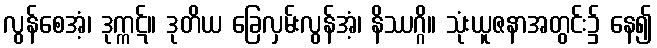
လွန်စေအံ့၊ ဒုက္ကဋ်။ ဒုတိယ ခြေလှမ်းလွန်အံ့၊ နိဿဂ္ဂိ။ သုံးယူဇနာအတွင်း၌ နေ၍